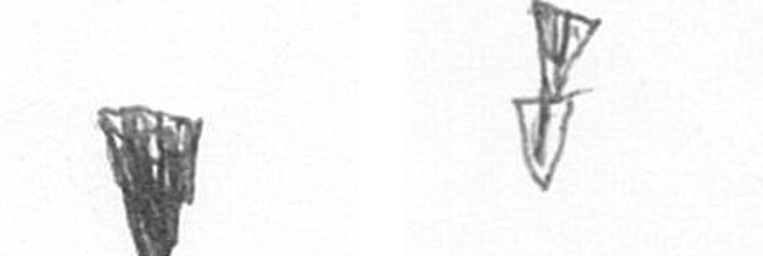
J Z